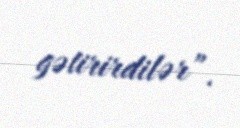
gətirirdilər”.